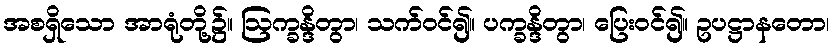
အစရှိသော အာရုံတို့၌။ ဩက္ခန္ဒိတွာ၊ သက်ဝင်၍။ ပက္ခန္ဒိတွာ၊ ပြေးဝင်၍။ ဥပဋ္ဌာနတော၊